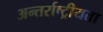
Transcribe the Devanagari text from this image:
अन्तर्राष्ट्रीयता